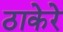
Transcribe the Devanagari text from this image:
ठाकेरे